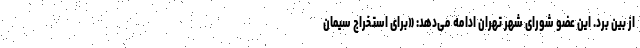
از بین برد. این عضو شورای شهر تهران ادامه می‌دهد: «برای استخراج سیمان